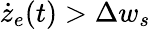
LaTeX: \dot{z}_{e}(t)>\Delta w_{s}